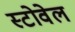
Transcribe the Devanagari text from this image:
स्टोवेल